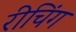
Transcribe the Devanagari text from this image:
रीचिंग